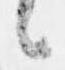
候